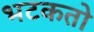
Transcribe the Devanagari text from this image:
भटकतो